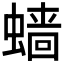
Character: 𲀂